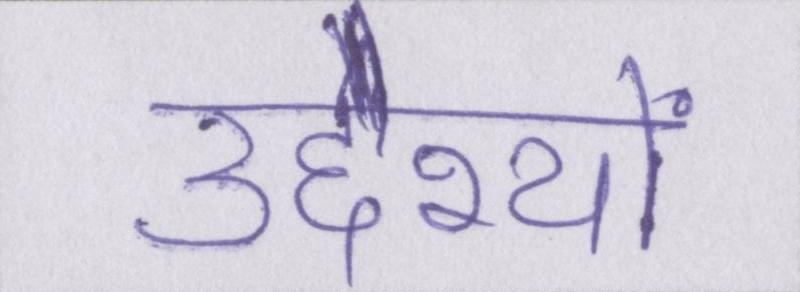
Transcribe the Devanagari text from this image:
उद्देश्यों